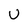
Character: U